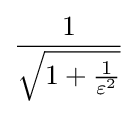
{\frac {1}{\sqrt {1+{\frac {1}{\varepsilon ^{2}}}}}}